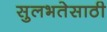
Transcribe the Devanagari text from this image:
सुलभतेसाठी